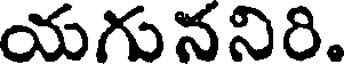
యగుననిరి.